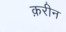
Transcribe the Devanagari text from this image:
क़रीन